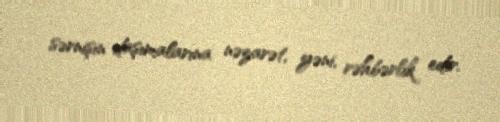
sərnişin daşımalarına nəzarət, yəni, rəhbərlik edir.